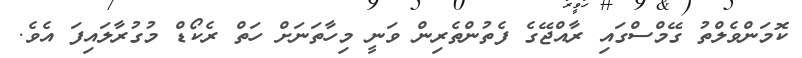
ކޮމަންވެލްތު ގޭމްސްގައި ރާއްޖޭގެ ފެތުންތެރިން ވަނީ މިހާތަނަށް ހަތް ރެކޯޑް މުގުރާލައިފަ އެވެ.